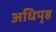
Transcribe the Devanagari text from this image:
अधिपृष्ठ